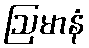
ဩမာနံ